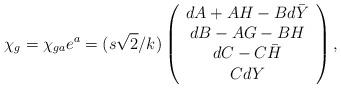
LaTeX: \begin{align*}\chi _g=\chi _{ga} e^a = (s\sqrt{2}/k)\left(\begin{array}{c} dA +AH -B d\bar Y\\d B -AG -BH\\dC -C\bar H\\C dY\end{array} \right),\end{align*}